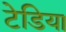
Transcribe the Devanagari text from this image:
टेडिया